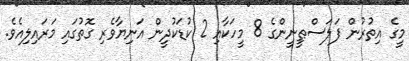
މީގެ އިތުރުން ފަލަސްޠީނީންގެ 8 މީހަކާއި 2 ކުޑަކުދީން އަނިޔާވެރި ގޮތުގައި މަރައިލިއެވެ.